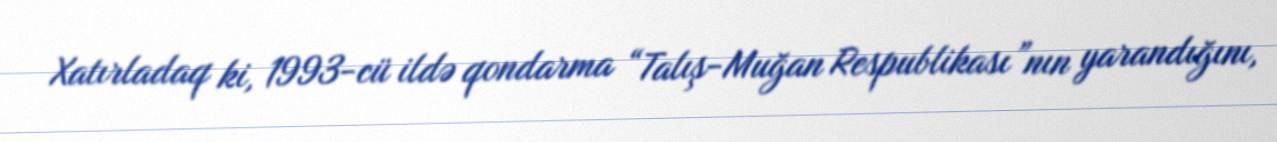
Xatırladaq ki, 1993-cü ildə qondarma “Talış-Muğan Respublikası”nın yarandığını,